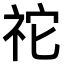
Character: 𥙇